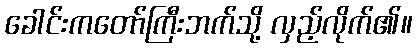
ခေါင်းကတော်ကြီးဘက်သို့ လှည့်လိုက်၏။